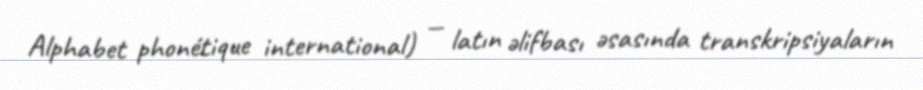
Alphabet phonétique international) — latın əlifbası əsasında transkripsiyaların